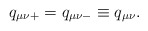
\begin{align*}q_{\mu\nu +} = q_{\mu\nu -} \equiv q_{\mu\nu}.\end{align*}